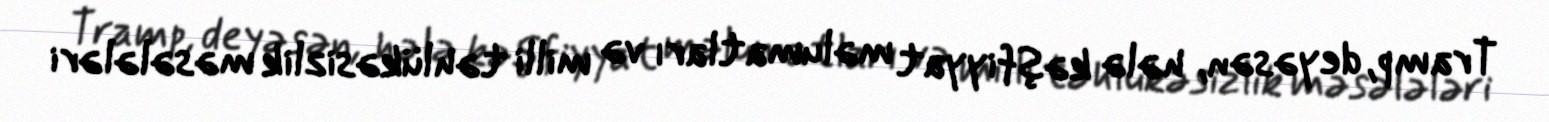
Tramp, deyəsən, hələ kəşfiyyat məlumatları və milli təhlükəsizlik məsələləri